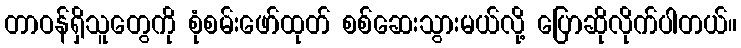
တာဝန်ရှိသူတွေကို စုံစမ်းဖော်ထုတ် စစ်ဆေးသွားမယ်လို့ ပြောဆိုလိုက်ပါတယ်။